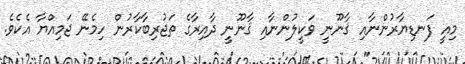
މިއީ ފަނޑިޔާރުންނާއި ޤާނޫނީ ވަކީލުންނާއި ޤާނޫނީ ދާއިރާގެ ތަޖުރިބާކާރުން ހިމެނޭ ޖަމިއްޔާ އެކެވެ.